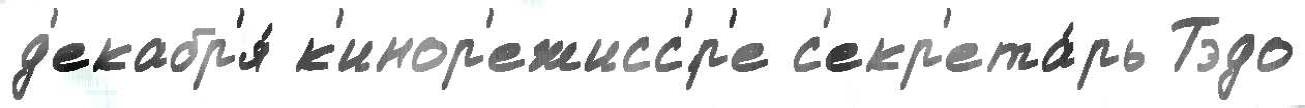
д'екабр'я́ к'инор'ежисс'́р'е с'екр'ета́рь Тэдо